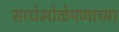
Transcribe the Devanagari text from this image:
साधेभोळेपणाच्या